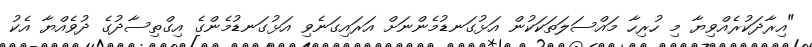
"އިރާދަކުރެއްވިޔާ މި ހުރިހާ މައްސަލަތަކަކުން އަޅުގަނޑުމެންނަށް އަރައިގަނެވި އަޅުގަނޑުމެންގެ އިގްތިސާދުގެ ދުވެއްޔާ އެކު